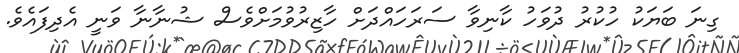
ގިނަ ބަޔަކު ހުކުރު ދުވަހު ކާނިވާ ސަރަހައްދަށް ހާޒިރުވުމަށްވެސް ޝުނާނާ ވަނީ އެދިފައެވެ.